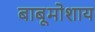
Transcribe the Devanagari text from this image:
बाबूमोशाय